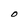
Character: O